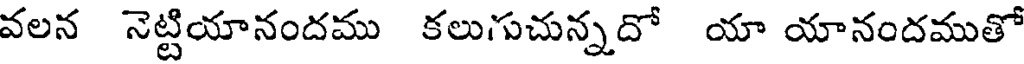
వలన నెట్టియానందము కలుగుచున్నదో యా యానందముతో